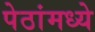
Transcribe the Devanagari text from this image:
पेठांमध्ये